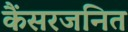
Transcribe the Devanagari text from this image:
कैंसरजनित